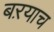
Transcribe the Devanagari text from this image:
बऱयाच